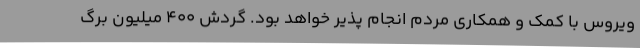
ویروس با کمک و همکاری مردم انجام پذیر خواهد بود. گردش 400 میلیون برگ